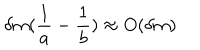
\delta m ( \frac { 1 } { a } - \frac { 1 } { b } ) \approx O ( \delta m )